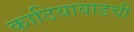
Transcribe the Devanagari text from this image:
काठियावाडची